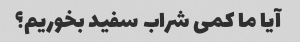
آیا ما کمی شراب سفید بخوریم؟